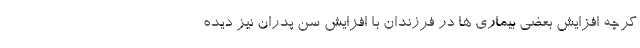
گرچه افزایش بعضی بیماری ها در فرزندان با افزایش سن پدران نیز دیده